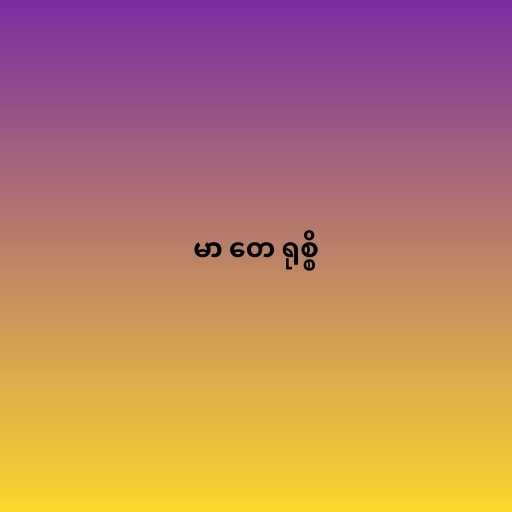
မာ တေ ရုစ္စိ